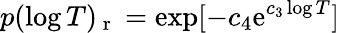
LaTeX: p(\log T)_{\mathrm{~r~}}=\exp[-c_{4}\mathrm{e}^{c_{3}\log T}]